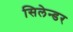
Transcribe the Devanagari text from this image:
सिलेन्डर